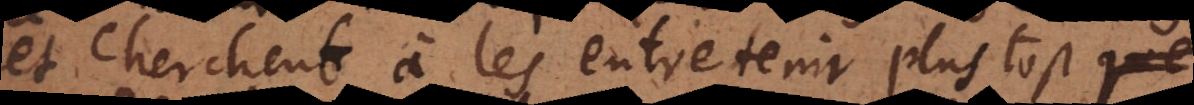
et cherchent à les entretenir plus tost